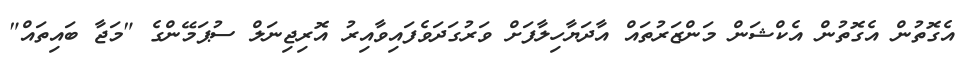
އެގޮތުން އެގޮތުން އެކްޝަން މަންޒަރުތައް އާދަޔާހިލާފަށް ވަރުގަދަވެފައިވާއިރު އޮރިޖިނަލް ސުޕަމޭންގެ "މަޖާ ބައިތައް"